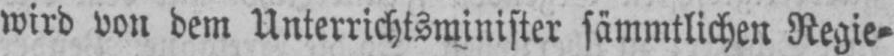
wird von dem Unterrichtsminister sämmtlichen Regie⸗